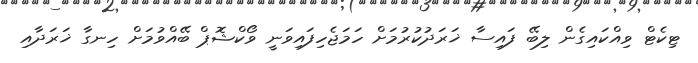
ޓިކެޓް ވިއްކައިގެން ލިބޭ ފައިސާ ޚަރަދުކުރުމަށް ހަމަޖެހިފައިވަނީ ވޯކްޝޮޕް ބޭއްވުމަށް ހިނގާ ޚަރަދާއި